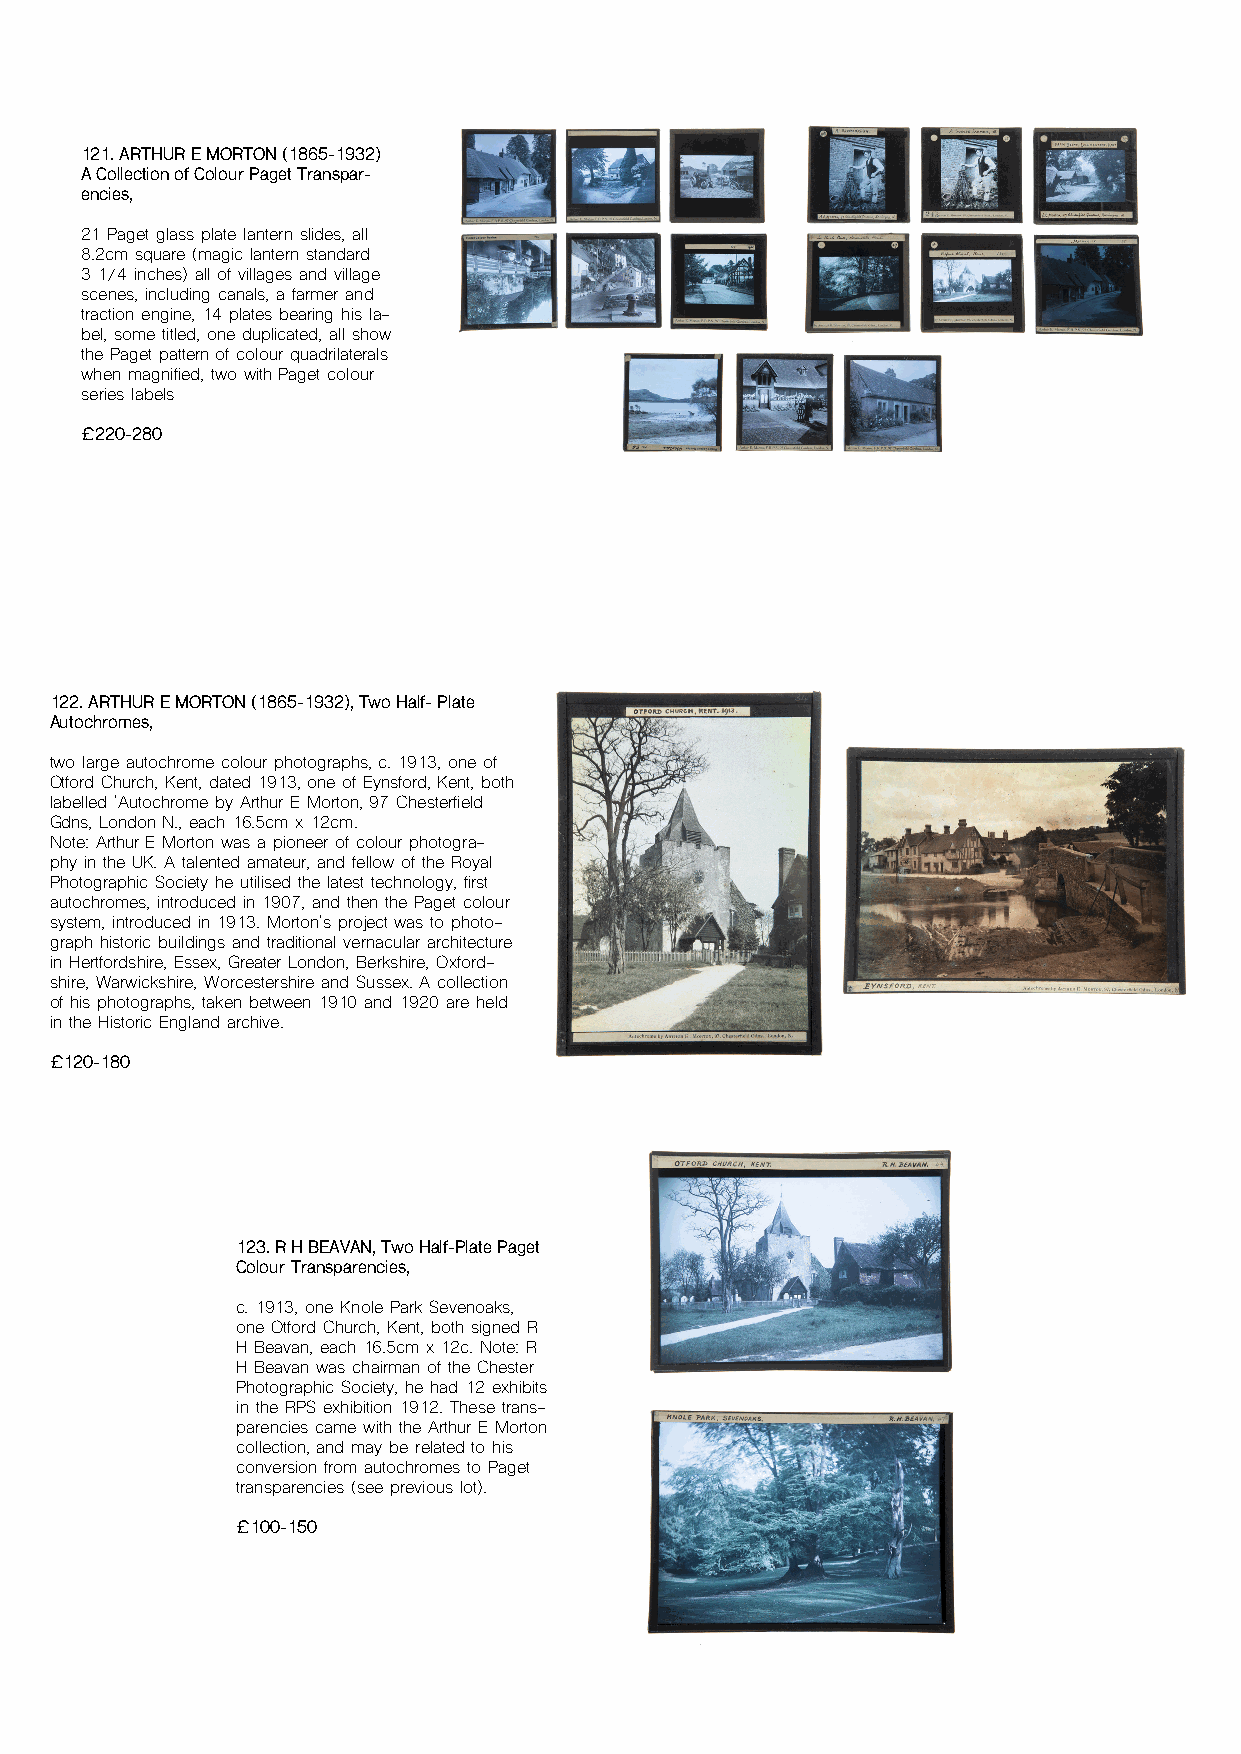
121. ARTHUR E MORTON (1865-1932)
 A Collection of Colour Paget Transpar-
 encies,
 21 Paget glass plate lantern slides, all
 8.2cm square (magic lantern standard
 3 1/4 inches) all of villages and village
 scenes, including canals, a farmer and
 traction engine, 14 plates bearing his la-
 bel, some titled, one duplicated, all show
 the Paget pattern of colour quadrilaterals
 when magnified, two with Paget colour
 series labels
 £220-280
 122. ARTHUR E MORTON (1865-1932), Two Half- Plate
 Autochromes,
 two large autochrome colour photographs, c. 1913, one of
 Otford Church, Kent, dated 1913, one of Eynsford, Kent, both
 labelled 'Autochrome by Arthur E Morton, 97 Chesterfield
 Gdns, London N., each 16.5cm x 12cm.
 Note: Arthur E Morton was a pioneer of colour photogra-
 phy in the UK. A talented amateur, and fellow of the Royal
 Photographic Society he utilised the latest technology, first
 autochromes, introduced in 1907, and then the Paget colour
 system, introduced in 1913. Morton's project was to photo-
 graph historic buildings and traditional vernacular architecture
 in Hertfordshire, Essex, Greater London, Berkshire, Oxford-
 shire, Warwickshire, Worcestershire and Sussex. A collection
 of his photographs, taken between 1910 and 1920 are held
 in the Historic England archive.
 £120-180
 123. R H BEAVAN, Two Half-Plate Paget
 Colour Transparencies,
 c. 1913, one Knole Park Sevenoaks,
 one Otford Church, Kent, both signed R
 H Beavan, each 16.5cm x 12c. Note: R
 H Beavan was chairman of the Chester
 Photographic Society, he had 12 exhibits
 in the RPS exhibition 1912. These trans-
 parencies came with the Arthur E Morton
 collection, and may be related to his
 conversion from autochromes to Paget
 transparencies (see previous lot).
 £100-150